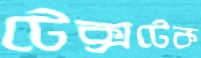
টেক্সটেক